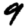
Digit: 9